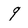
Character: 9